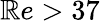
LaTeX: \mathbb{R}e>37